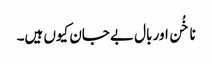
ناخُن اور بال بے جان کیوں ہیں۔